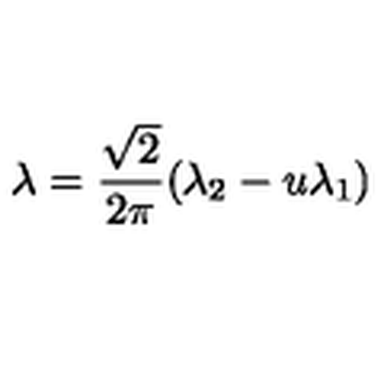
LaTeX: \lambda = \frac { \sqrt 2 } { 2 \pi } ( \lambda _ { 2 } - u \lambda _ { 1 } )